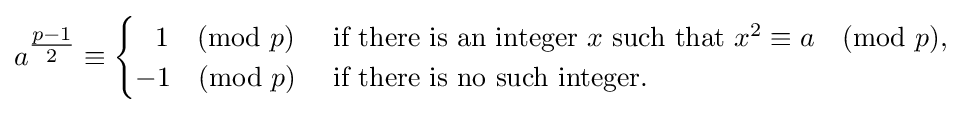
a^{\tfrac {p-1}{2}}\equiv {\begin{cases}\;\;\,1{\pmod {p}}&{\text{ if there is an integer }}x{\text{ such that }}x^{2}\equiv a{\pmod {p}},\\-1{\pmod {p}}&{\text{ if there is no such integer.}}\end{cases}}